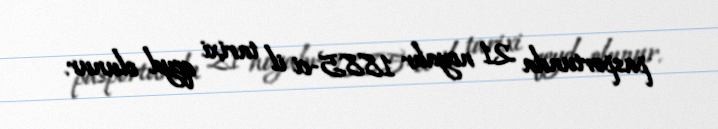
pasportunda 21 noyabr 1885-ci il tarixi qeyd olunur.